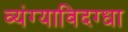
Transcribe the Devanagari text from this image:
व्यंग्याविदग्धा